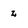
Character: z